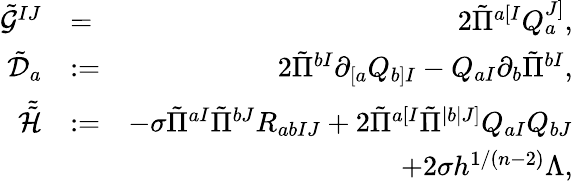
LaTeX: \begin{array}{rlr}{\tilde{\mathcal{G}}^{IJ}}&{=}&{2\tilde{\Pi}^{a[I}Q_{a}^{J]},}\\ {\tilde{\mathcal{D}}_{a}}&{:=}&{2\tilde{\Pi}^{bI}\partial_{[a}Q_{b]I}-Q_{aI}\partial_{b}\tilde{\Pi}^{bI},}\\ {\tilde{\tilde{\mathcal{H}}}}&{:=}&{-\sigma\tilde{\Pi}^{aI}\tilde{\Pi}^{bJ}R_{abIJ}+2\tilde{\Pi}^{a[I}\tilde{\Pi}^{|b|J]}Q_{aI}Q_{bJ}}\\ &{}&{+2\sigma h^{1/(n-2)}\Lambda,}\end{array}